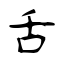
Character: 舌